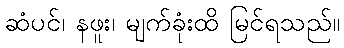
ဆံပင်၊ နဖူး၊ မျက်ခုံးထိ မြင်ရသည်။